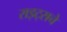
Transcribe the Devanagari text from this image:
राइट्सचे